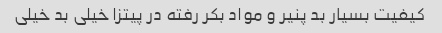
کیفیت بسیار بد پنیر و مواد بکر رفته در پیتزا خیلی بد خیلی